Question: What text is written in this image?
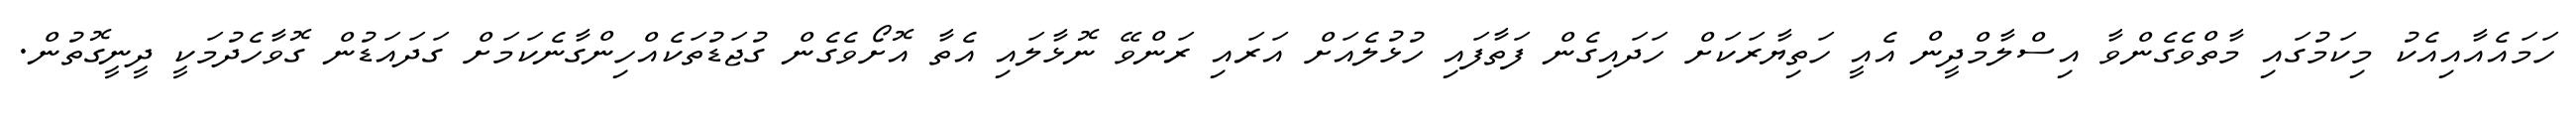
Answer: ހަމައެއާއިއެކު މިކަމުގައި މާތްވެގެންވާ އިސްލާމްދީން އެއީ ހަތިޔާރަކަށް ހަދައިގެން ފަތާފައި ހުޅުލެއަށް އަރައި ރަންވޭ ނޮޅާލައި އެތާ އޮށޯވެގެން ގުޖަޑުތަކެއްހިންގާނެކަމަށް ގަދައަޑުން ގޮވާހެދުމަކީ ދީނީގޮތުން.